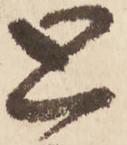
と